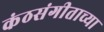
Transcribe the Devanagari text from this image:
कंठसंगीताच्या